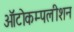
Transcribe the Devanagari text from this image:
ऑटोकम्पलीशन